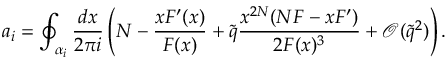
a _ { i } = \oint _ { \alpha _ { i } } \frac { d x } { 2 \pi i } \left( N - \frac { x F ^ { \prime } ( x ) } { F ( x ) } + \tilde { q } \frac { x ^ { 2 N } ( N F - x F ^ { \prime } ) } { 2 F ( x ) ^ { 3 } } + \mathcal { O } ( \tilde { q } ^ { 2 } ) \right) .